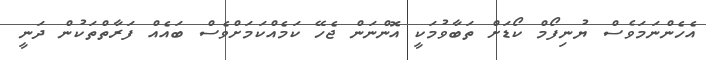
އެހެންނަމަވެސް ޔުނިފޯމް ކޯޑަށް ތަބާވުމަކީ އޮންނަން ޖެހޭ ކަމެއްކަމަށްވެސް ބައެއް ފަރާތްތަކުން ދަނީ